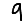
Digit: 9